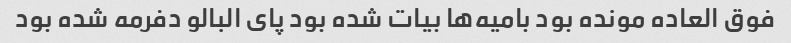
فوق العاده مونده بود بامیه‌ها بیات شده بود پای البالو دفرمه شده بود